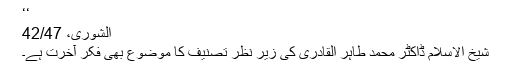
‘‘
الشوریٰ، 42/47
شیخ الاسلام ڈاکٹر محمد طاہر القادری کی زیرِ نظر تصنیف کا موضوع بھی فکرِ آخرت ہے۔